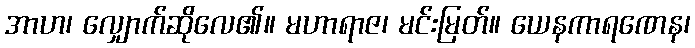
အာဟ၊ လျှောက်ဆိုလေ၏။ မဟာရာဇ၊ မင်းမြတ်။ ယေနကာရဏေန၊